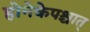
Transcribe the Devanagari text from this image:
होनेकेपश्चात्